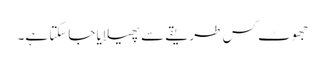
جھوٹ کس طریقے سے پھیلایا جاسکتا ہے۔